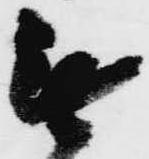
無